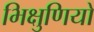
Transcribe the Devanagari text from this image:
भिक्षुणियो